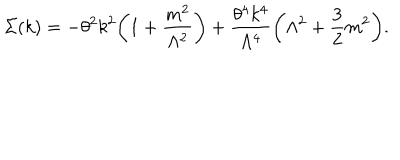
\Sigma ( k ) = - \theta ^ { 2 } k ^ { 2 } \biggl ( 1 + \frac { m ^ { 2 } } { \Lambda ^ { 2 } } \biggr ) + \frac { \theta ^ { 4 } k ^ { 4 } } { \Lambda ^ { 4 } } \biggl ( \Lambda ^ { 2 } + \frac { 3 } { 2 } m ^ { 2 } \biggr ) .